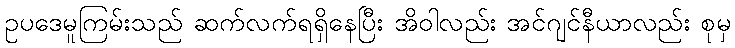
ဥပဒေမူကြမ်းသည် ဆက်လက်ရရှိနေပြီး အိဝါလည်း အင်ဂျင်နီယာလည်း စုမှ